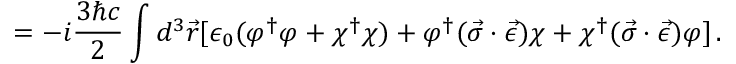
= - i \frac { 3 \hbar c } { 2 } \int d ^ { 3 } \vec { r } [ \epsilon _ { 0 } ( \varphi ^ { \dagger } \varphi + \chi ^ { \dagger } \chi ) + \varphi ^ { \dagger } ( \vec { \sigma } \cdot \vec { \epsilon } ) \chi + \chi ^ { \dagger } ( \vec { \sigma } \cdot \vec { \epsilon } ) \varphi ] \, { . }